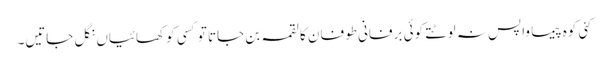
کئی کوہ پیما واپس نہ لوٹتے کوئی برفانی طوفان کا لقمہ بن جاتا تو کسی کو کھائیاں نگل جاتیں۔